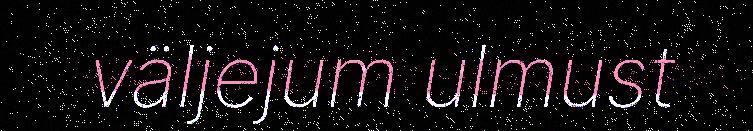
väljejum ulmust